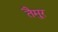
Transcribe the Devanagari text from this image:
तैमु्र